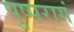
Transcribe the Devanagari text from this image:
पुष्परागं